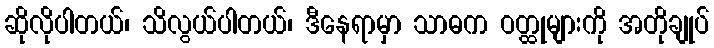
ဆိုလိုပါတယ်၊ သိလွယ်ပါတယ်၊ ဒီနေရာမှာ သာဓက ဝတ္ထုများကို အတိုချုပ်